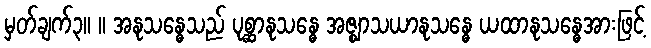
မှတ်ချက်၃။ ။ အနုသန္ဓေသည် ပုစ္ဆာနုသန္ဓေ အဇ္ဈာသယာနုသန္ဓေ ယထာနုသန္ဓေအားဖြင့်